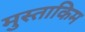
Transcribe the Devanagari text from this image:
मुस्ताकिम